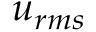
u _ { r m s }